Rae_vallavalitsus, lk 68
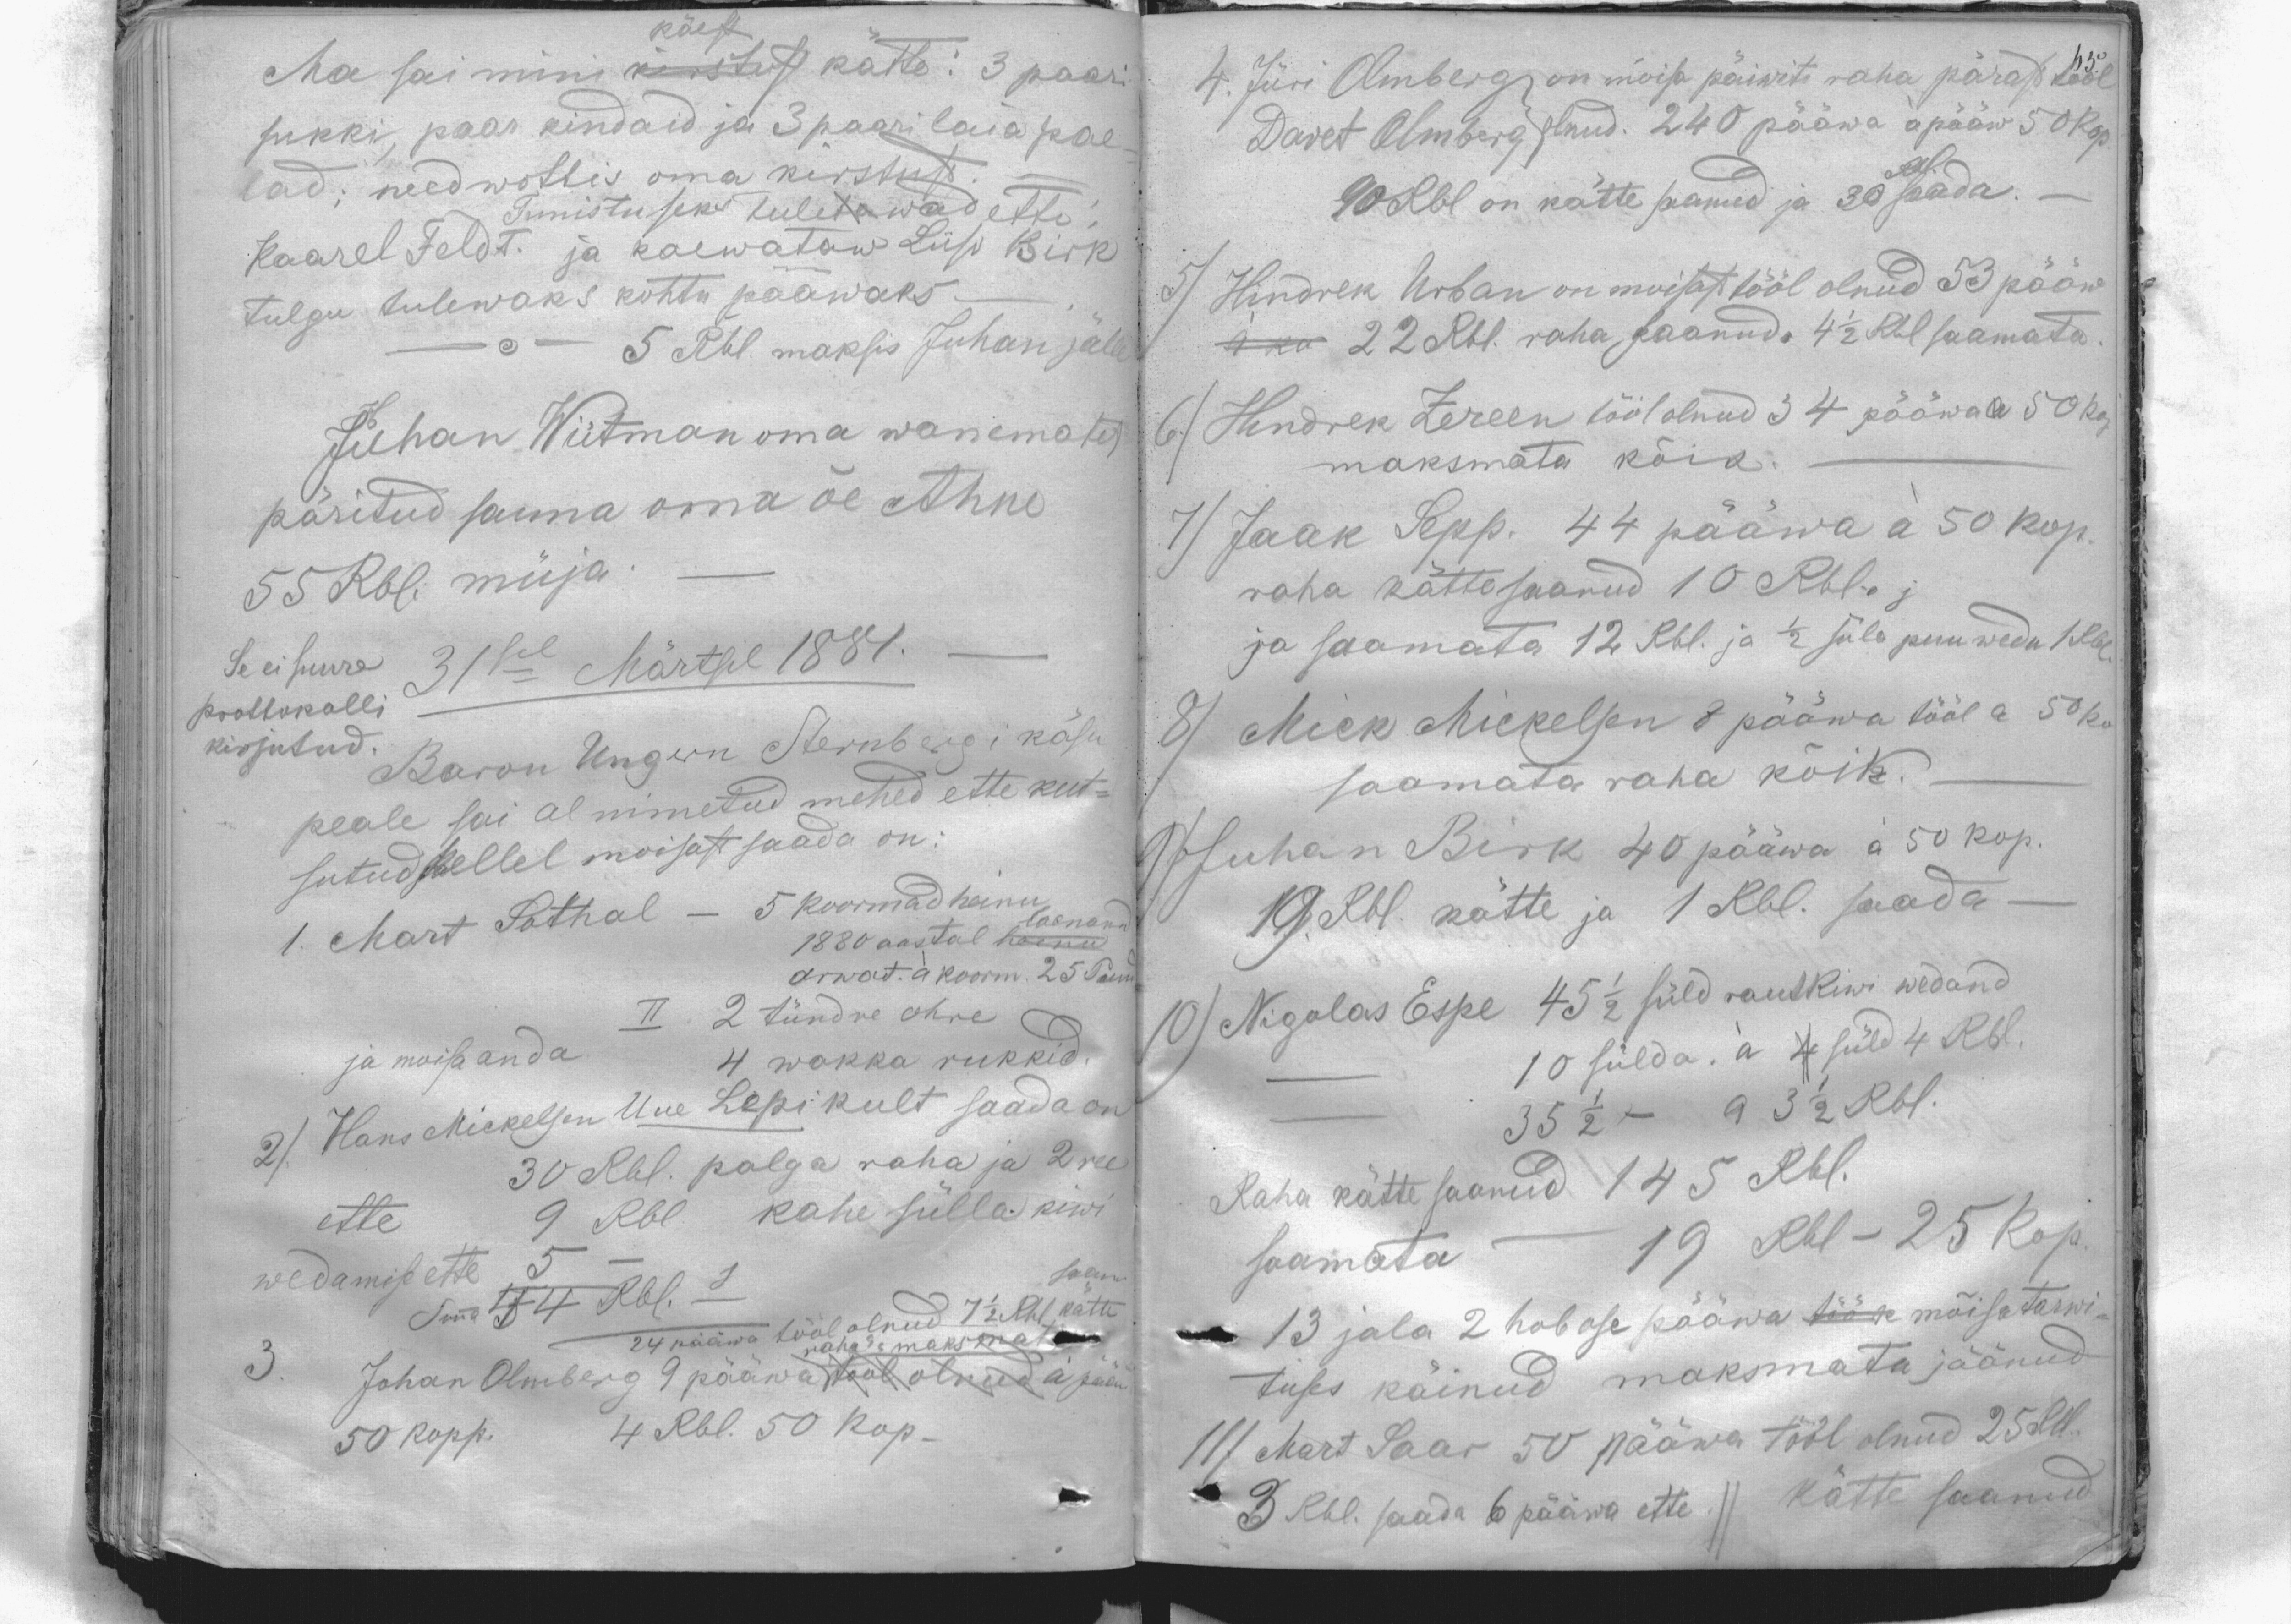
käest
Ma sai mini kirstust kätte: 3 paari
sukki, paar kindaid ja 3 paari laia pae-
lad; need wottis oma kirstust.
Tunnistuseks tuletawad ette
Kaarel Feldt. ja kaewataw Liiso Birk
tulgu tulewaks kohtu pääwaks.
5 Rbl maksis Juhan jälle
Juhan Wiitman oma wanemates
päritud sauna oma õe Ahne
55 Rbl. müja
Se ei suure 31sel Märtsil 1881.
protokolli
kirjutud.
Baron Ungern Sternbergi käsu
peale sai al nimetud mehed ette kut-
sutud kellel moisast saada on:
1 Mart Sothal - 5 koormad heinu
1880 aastal laenand
arwat. à koorm. 25 Puud
II. 2 tündre ohre
ja moisa anda
4 wakka rukkid.
2) Hans Mickelsen Uue Lepikult saada on
30 Rbl. palga raha ja 2 ru
ette
9 Rbl. kahe sülla kiwi
wedamise ette
Summa 44 Rbl. -
saanu
24 pääwa tööl olnud 7 1/2 Rbl. kätte
rahas maksmat
3.
Johan Olmberg 9 pääwa tool olnud à pääw
50 kopp. 4 Rbl. 50 kop-

4. Jüri Olmberg on mõisa päiwite raha pärast tööl
Davet Olmberg olnud. 240 pääwa à pääw 50 kop.
90 Rbl on kätte saanud ja 30 Rbl. saada. -
5) Hindrek Urban on moistast tööl olnud 53 pääw
à ko 22 Rbl. raha saanud. 4 1/2 Rbl saamata
6.) Hindrek Zereen tööl olnud 34 pääwa a 50 kop
maksmata kõik.
7) Jaak Sepp. 44 pääwa à 50 kop.
raha kättesaanud 10 Rbl. j
ja saamata 12 Rbl. ja 1/2 süla puu wedu 1 Rbl.
8) Mick Mickelsen 8 pääwa tööl a 50 ko
saamata raha kõik.
9) Juhan Birk 40 pääwa à 50 kop.
19 Rbl. kätte ja 1 Rbl. saada -
10) Nigolas Espe 45 1/2 süld rautkiwi wedand
10 sülda. à 4 süld 4 Rbl.
35 1/2 - a 3 1/2 Rbl.
Raha kätte saanud 145 Rbl.
saamata - 19 Rbl - 25 kop.
13 jala 2 hobose pääwa tööse mõisa tarwi
tuses käinud maksmata jäänud
11) Mart Saar 50 pääwa tööl olnud 25 Rbl.
3 Rbl. saada 6 pääwa ette. // Kätte saanud